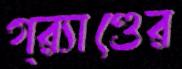
গ্র্যাণ্ডের